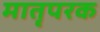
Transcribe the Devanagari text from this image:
मातृपरक